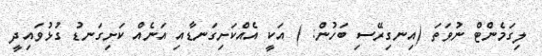
ލިގަމެންޓް ނުވަތަ (އިނގިރޭސި ބަހުން: ) އަކީ އެއްކަށިގަނޑާއި އަނެއް ކަށިގަނޑު ގުޅުވައިދީ